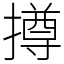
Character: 撙